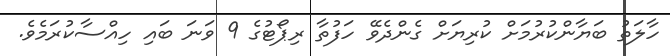
ހާލަތު ބަޔާންކުރުމަށް ކުރިޔަށް ގެންދެވޭ ހަފުތާ ރިޕޯޓުގެ 9 ވަނަ ބައި ހިއްސާކުރަމެވެ.